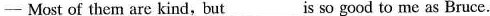
- Most of them are kind, but ___ is so good to me as Bruce.